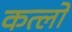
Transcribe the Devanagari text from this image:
कत्लों